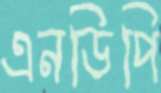
এনডিপি